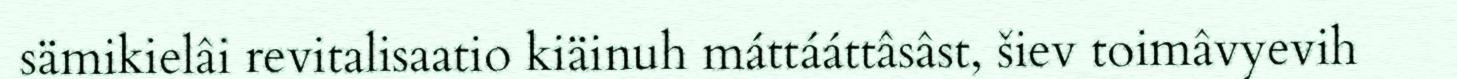
sämikielâi revitalisaatio kiäinuh máttááttâsâst, šiev toimâvyevih